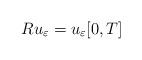
LaTeX: \begin{align*}Ru_{\varepsilon}=u_{\varepsilon}[0,T]\end{align*}